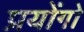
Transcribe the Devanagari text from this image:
प्रयोंगो